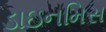
ડાઇનમિસ